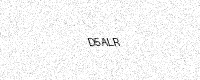
Text: D5ALR